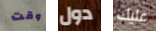
وقت دول عليك